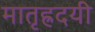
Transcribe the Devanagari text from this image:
मातृह्रदयी